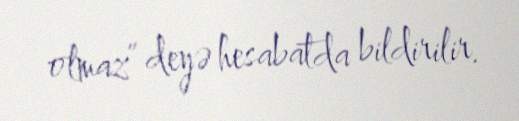
olmaz” deyə hesabatda bildirilir.